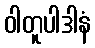
ဝါတူပါဒါနံ